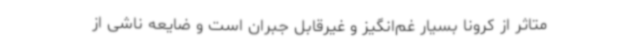
متاثر از کرونا بسیار غم‌انگیز و غیرقابل جبران است و ضایعه ناشی از